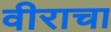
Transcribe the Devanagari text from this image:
वीराचा